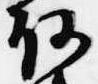
路